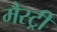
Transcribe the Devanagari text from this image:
मैस्ट्री